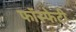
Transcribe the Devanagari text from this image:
फॉस्फेटी